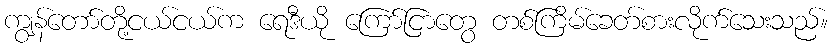
ကျွန်တော်တို့ငယ်ငယ်က ရေဒီယို ကြော်ငြာတွေ တစ်ကြိမ်ခေတ်စားလိုက်သေးသည်။